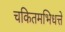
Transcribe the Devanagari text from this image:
चकितमभिधत्ते